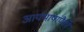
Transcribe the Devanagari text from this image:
आर्यभाषांपैकी